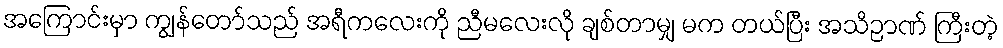
အကြောင်းမှာ ကျွန်တော်သည် အရီကလေးကို ညီမလေးလို ချစ်တာမျှ မက တယ်ပြီး အသိဉာဏ် ကြီးတဲ့